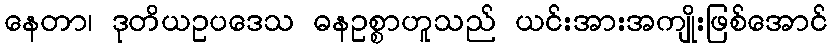
နေတာ၊ ဒုတိယဥပဒေသ ဓနဥစ္စာဟူသည် ယင်းအားအကျိုးဖြစ်အောင်